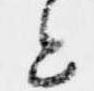
と